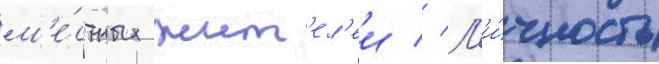
м'е́стных жит'ел'еи // Л'и́чность